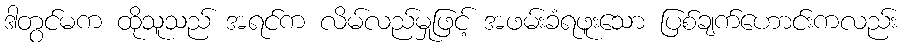
ဒါတွင်မက ထိုသူသည် အရင်က လိမ်လည်မှုဖြင့် အဖမ်းခံရဖူးသော ပြစ်ချက်ဟောင်းကလည်း